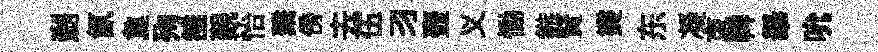
剎氤夐殉雒覲怡繫傍去伍习壺义慟鏃賢爕东凝朿鞞𦦙吮